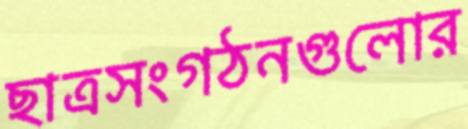
ছাত্রসংগঠনগুলোর